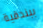
ببندقية